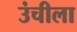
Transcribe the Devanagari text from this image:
उंचीला